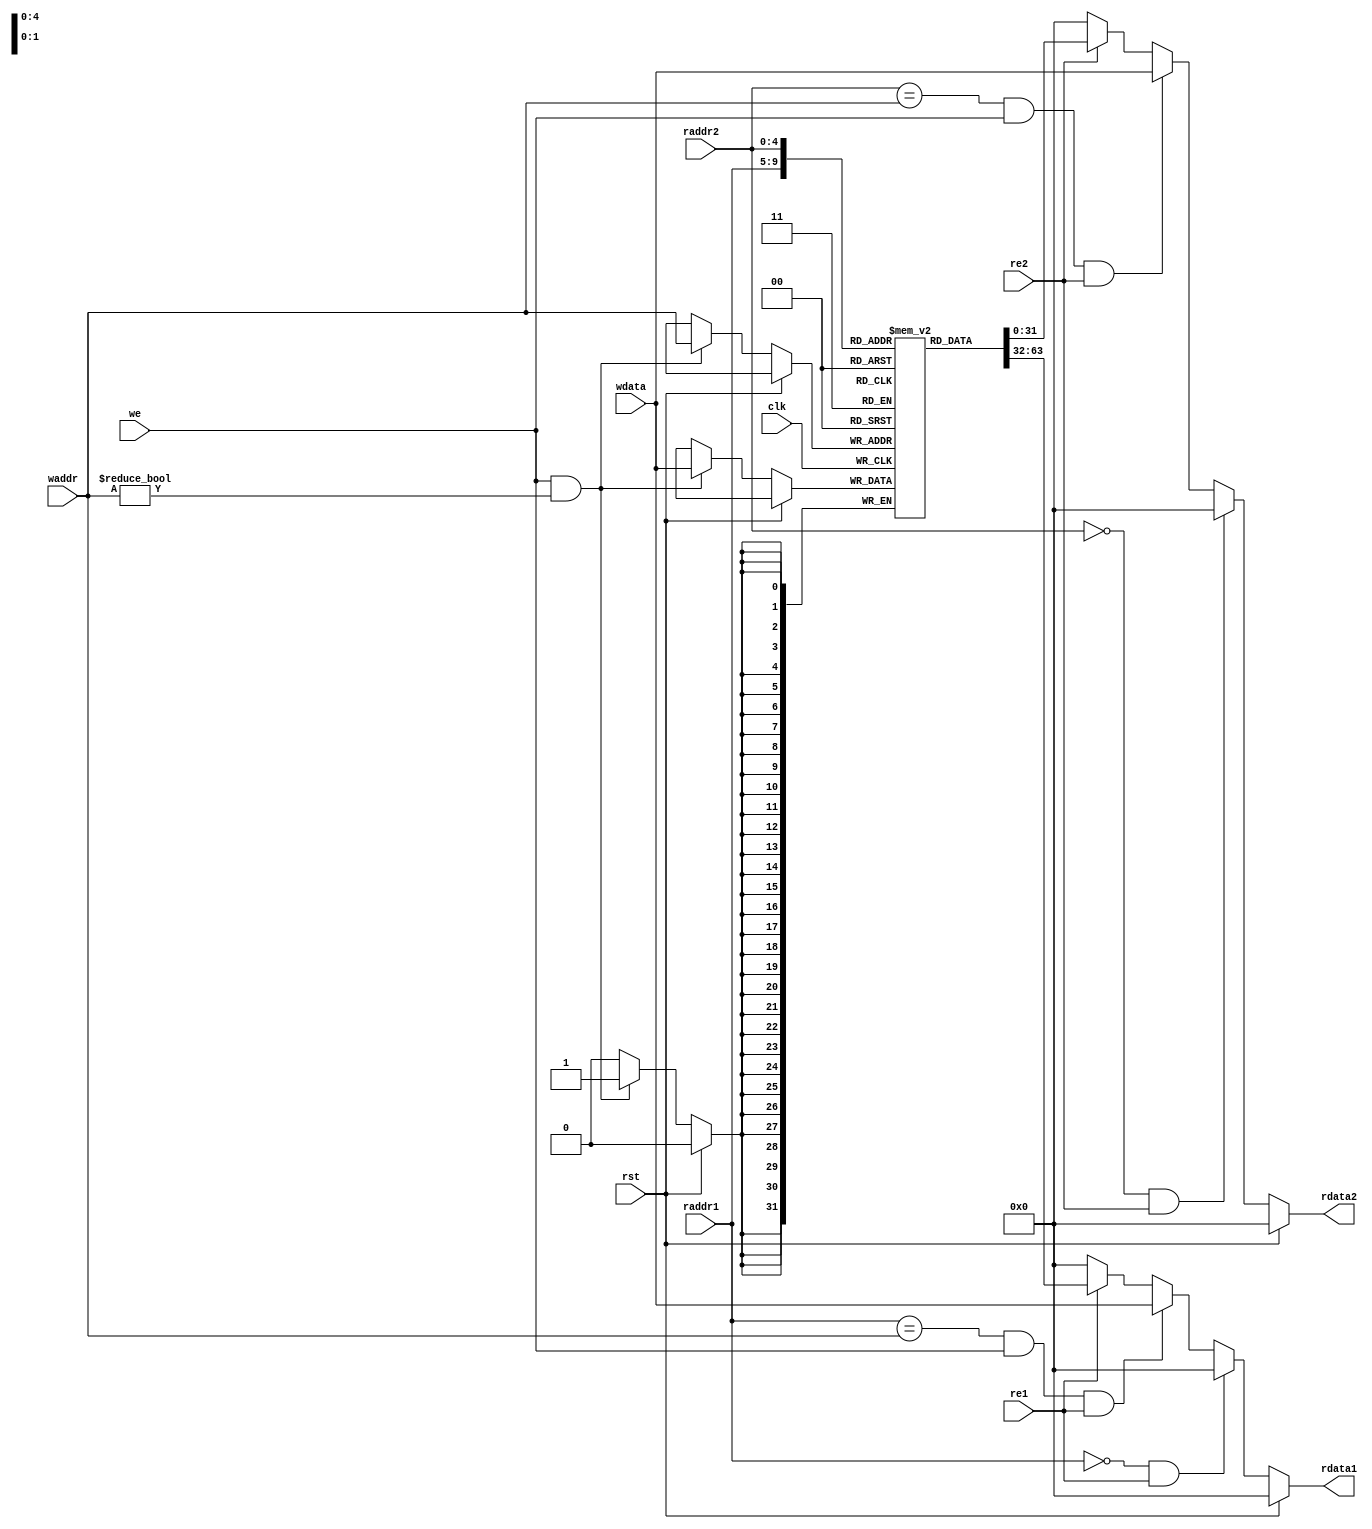
`timescale 1ns/1ps

module regfile(
           input wire rst,
           input wire clk,
           input wire[4:0] waddr,
           input wire[31:0] wdata,
           input wire we,
           input wire [4:0] raddr1,
           input wire re1,
           output reg[31:0] rdata1,
           input wire[4:0] raddr2,
           input wire re2,
           output reg[31:0] rdata2
       );
/*0-31*/
reg[31:0] regs[0:31];

// integer i;
initial begin
    regs[0]=32'h0000_0000;
//     regs[1]=32'h0000_1111;
//     regs[2]=32'h0000_1000;
//     for (i=3; i<32; i=i+1) begin
//         regs[i]=regs[i-1]+32'h0000_0001;
//     end
end
/**/
always @(posedge clk) begin
    if (rst==1'b0) begin
        if ((we==1'b1)&&(waddr!=5'b0)) begin
            regs[waddr]<=wdata;
        end
    end
end

/**/
always@(*) begin
    if (rst==1) begin
        rdata1<=32'h0;
    end
    else if ((raddr1==5'b0)&&(re1==1'b1)) begin
        rdata1<=32'h0;
    end
    else if ((raddr1==waddr)&&(we==1'b1)&&(re1==1'b1)) begin
        rdata1<=wdata;
    end
    else if(re1==1'b1) begin
        rdata1<=regs[raddr1];
    end
    else begin
        rdata1<=32'h0;
    end
end

/**/
always@(*) begin
    if (rst==1) begin
        rdata2<=32'h0;
    end
    else if ((raddr2==5'b0)&&(re2==1'b1)) begin
        rdata2<=32'h0;
    end
    else if ((raddr2==waddr)&&(we==1'b1)&&(re2==1'b1)) begin
        rdata2<=wdata;
    end
    else if(re2==1'b1) begin
        rdata2<=regs[raddr2];
    end
    else begin
        rdata2<=32'h0;
    end
end
endmodule